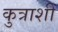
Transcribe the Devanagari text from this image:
कुत्राशी